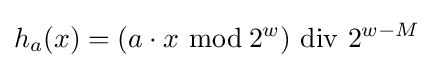
h_{a}(x)=(a\cdot x\,\,{\bmod {\,}}2^{w})\,\,\mathrm {div} \,\,2^{w-M}